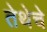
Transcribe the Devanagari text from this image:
तेथेचे